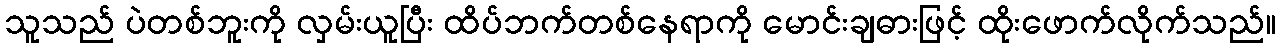
သူသည် ပဲတစ်ဘူးကို လှမ်းယူပြီး ထိပ်ဘက်တစ်နေရာကို မောင်းချဓားဖြင့် ထိုးဖောက်လိုက်သည်။